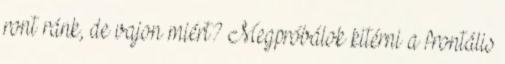
ront ránk, de vajon miért? Megpróbálok kitérni a frontális